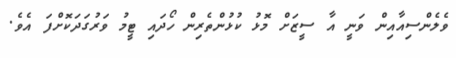
ވެލެންސިއާއިން ވަނީ އާ ސީޒަށް މޮޅު ކުޅުންތެރިން ހޯދައި ޓީމު ވަރުގަދަކޮށްފަ އެވެ.